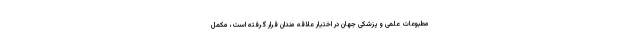
مطبوعات علمی و پزشکی جهان در اختیار علاقه مندان قرار گرفته است، مکمل